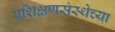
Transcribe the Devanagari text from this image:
प्रशिक्षणसंस्थेच्या